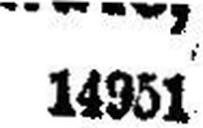
14951